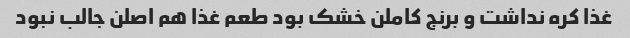
غذا کره نداشت و برنج کاملن خشک بود طعم غذا هم اصلن جالب نبود